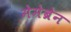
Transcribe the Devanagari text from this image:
मेमेब्रेन